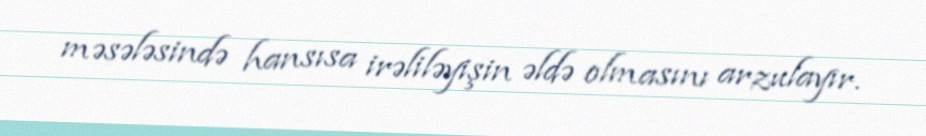
məsələsində hansısa irəliləyişin əldə olmasını arzulayır.